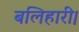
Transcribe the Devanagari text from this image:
बलिहारी।